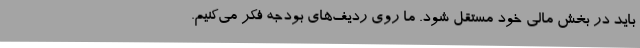
باید در بخش مالی خود مستقل شود. ما روی ردیف‌های بودجه فکر می‌کنیم.